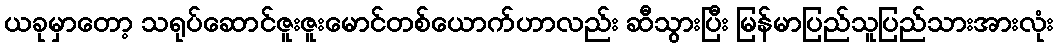
ယခုမှာတော့ သရုပ်ဆောင်ဇူးဇူးမောင်တစ်ယောက်ဟာလည်း ဆီသွားပြီး မြန်မာပြည်သူပြည်သားအားလုံး